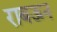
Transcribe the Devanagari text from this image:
राबऊन